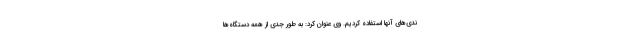
ندی‌های آنها استفاده کردیم. وی عنوان کرد: به طور جدی از همه دستگاه‌ها